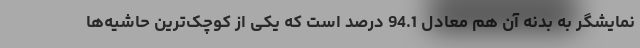
نمایشگر به بدنه آن هم معادل 94.1 درصد است که یکی از کوچک‌ترین حاشیه‌ها